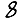
Digit: 8